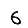
Digit: 6